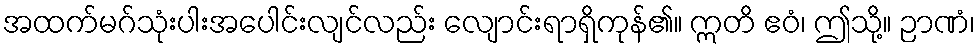
အထက်မဂ်သုံးပါးအပေါင်းလျင်လည်း လျောင်းရာရှိကုန်၏။ ဣတိ ဧဝံ၊ ဤသို့။ ဉာဏံ၊